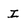
Character: i